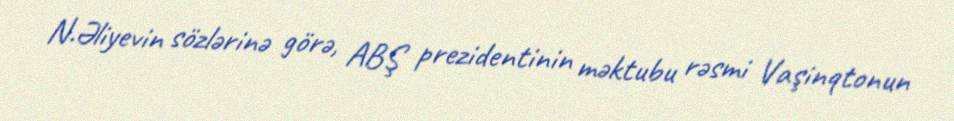
N.Əliyevin sözlərinə görə, ABŞ prezidentinin məktubu rəsmi Vaşinqtonun